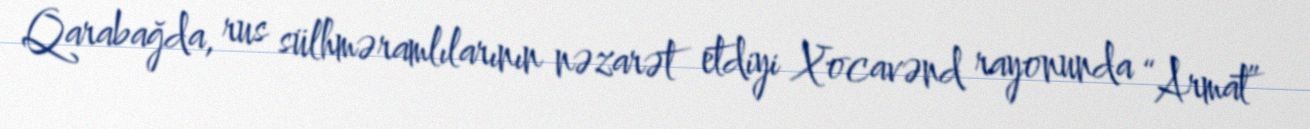
Qarabağda, rus sülhməramlılarının nəzarət etdiyi Xocavənd rayonunda “Armat”